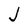
Character: J